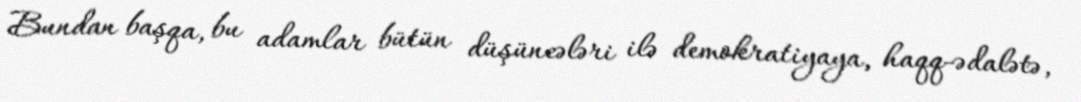
Bundan başqa, bu adamlar bütün düşüncələri ilə demokratiyaya, haqq-ədalətə,